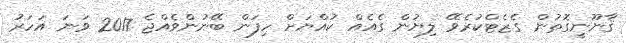
ޤާނޫނީގޮތުން ގެޒެޓްކުރެވޭ ލިޔުން ގެއެއް ކުއްޔަށް ހިފަން ބޭނުންވެއްޖެ 2017 ވަނަ އަހަރު